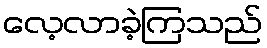
လေ့လာခဲ့ကြသည်